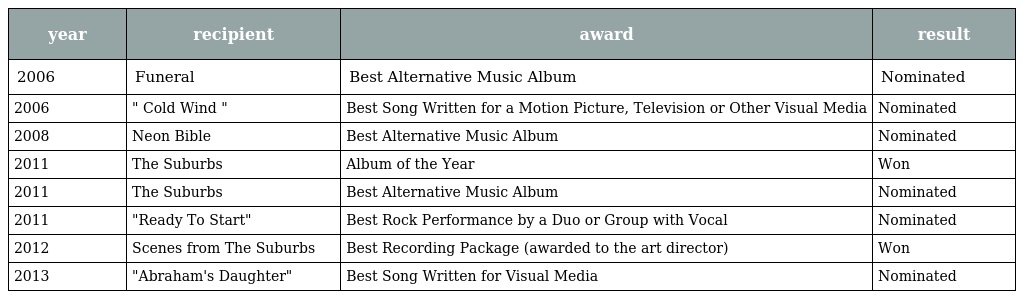
| year | recipient | award | result |
 | --- | --- | --- | --- |
 | 2006 | Funeral | Best Alternative Music Album | Nominated |
 | 2006 | " Cold Wind " | Best Song Written for a Motion Picture, Television or Other Visual Media | Nominated |
 | 2008 | Neon Bible | Best Alternative Music Album | Nominated |
 | 2011 | The Suburbs | Album of the Year | Won |
 | 2011 | The Suburbs | Best Alternative Music Album | Nominated |
 | 2011 | "Ready To Start" | Best Rock Performance by a Duo or Group with Vocal | Nominated |
 | 2012 | Scenes from The Suburbs | Best Recording Package (awarded to the art director) | Won |
 | 2013 | "Abraham's Daughter" | Best Song Written for Visual Media | Nominated |